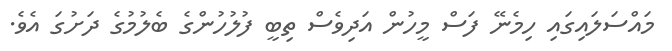
މައްސަލައިގައި ހިމެނޭ ފަސް މީހުން އަދިވެސް ތިބީ ފުލުހުންގެ ބެލުމުގެ ދަށުގަ އެވެ.